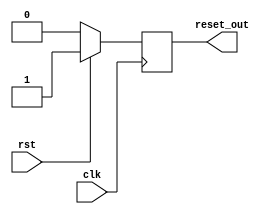
module MemoryBlocksSynchronousResetDetector (
    input wire clk,          // Clock signal
    input wire rst,          // Synchronous reset signal
    output reg reset_out     // Reset output for memory blocks
);

// Synchronous reset detection logic
always @(posedge clk) begin
    if (rst) begin
        reset_out <= 1'b1;  // Assert reset output on reset signal
    end else begin
        reset_out <= 1'b0;  // Deassert reset output when reset signal is low
    end
end

endmodule